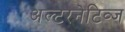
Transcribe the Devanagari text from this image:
अल्टरनेटिव्ज